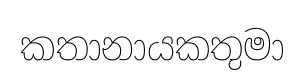
කතානායකතුමා